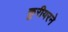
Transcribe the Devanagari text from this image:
कुरीयरने